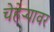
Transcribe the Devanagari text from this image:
चेहेऱ्यावर